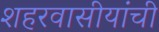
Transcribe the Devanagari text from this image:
शहरवासीयांची